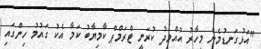
"އަޅުގަނޑުމެން މިހާރު އުއްމީދު ކުރަނީ ޓްރަމްޕް ކާމިޔާބު ކަމާ އެކު ގައުމު ހިންގައި